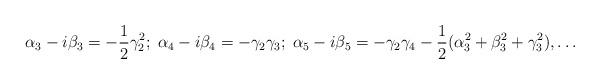
LaTeX: \begin{align*}\alpha_3-i\beta_3=-\frac{1}{2}\gamma_2^2;\;\alpha_4-i\beta_4=-\gamma_2\gamma_3;\;\alpha_5-i\beta_5=-\gamma_2\gamma_4-\frac{1}{2}(\alpha_3^2+\beta_3^2+\gamma_3^2),\dots\end{align*}